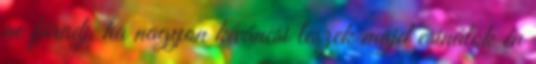
ne fáradj, ha nagyon kíváncsi leszek majd csinálok én